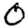
Digit: 0